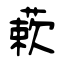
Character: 蔌